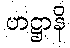
ဟဋ္ဌာနိ